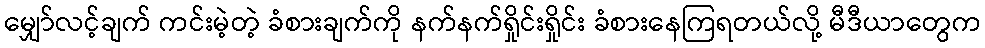
မျှော်လင့်ချက် ကင်းမဲ့တဲ့ ခံစားချက်ကို နက်နက်ရှိုင်းရှိုင်း ခံစားနေကြရတယ်လို့ မီဒီယာတွေက